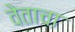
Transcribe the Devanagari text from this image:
वेताचा